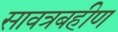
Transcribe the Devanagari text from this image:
सावत्रबहीण